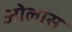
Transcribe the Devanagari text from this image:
ओलास